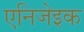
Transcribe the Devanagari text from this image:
एनिजेइक